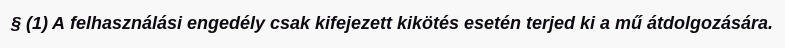
§ (1) A felhasználási engedély csak kifejezett kikötés esetén terjed ki a mű átdolgozására.